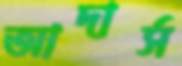
আদার্স